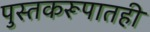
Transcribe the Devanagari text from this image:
पुस्तकरूपातही